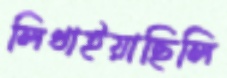
লিখাইয়াছিলি